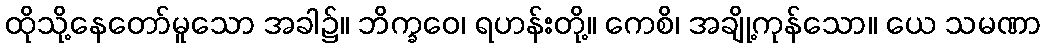
ထိုသို့နေတော်မူသော အခါ၌။ ဘိက္ခဝေ၊ ရဟန်းတို့။ ကေစိ၊ အချို့ကုန်သော။ ယေ သမဏာ